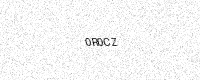
Text: 0R0CZ